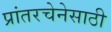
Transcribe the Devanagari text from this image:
प्रांतरचेनेसाठी